Report on the Nagpur School of Medicine, Central Provinces
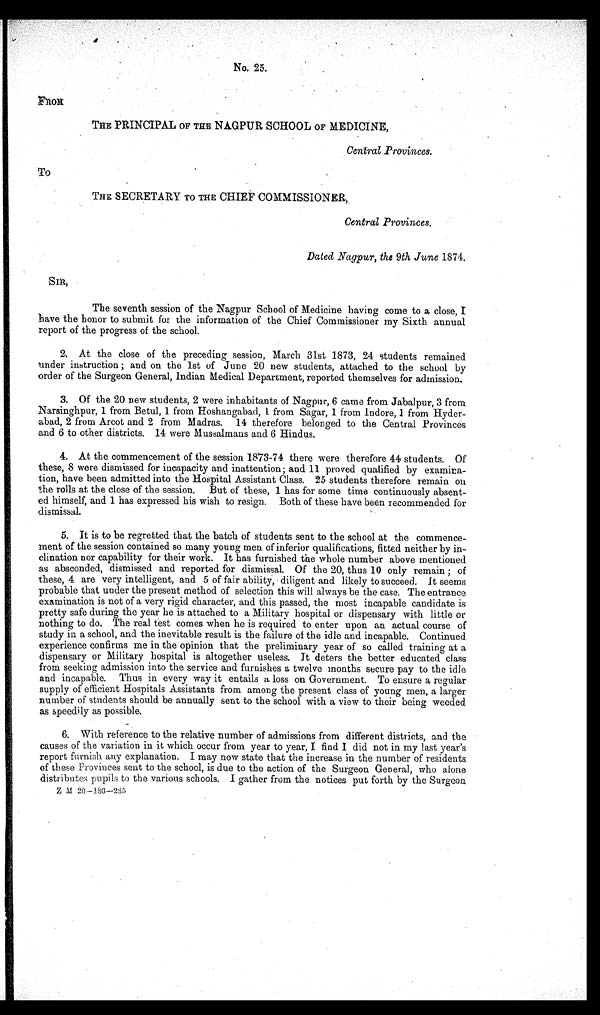
FROM
To
No. 25. 25.
THE PRINCIPAL OF THE NAGPUR SCHOOL OF MEDICINE,
Central Provinces.
THE SECRETARY TO THE CHIEF COMMISSIONER,
Central Provinces.
Dated Nagpur, the 9th June 1874.
SIR,
The seventh session of the Nagpur School of Medicine having come to a close, I
have the honor to submit for the information of the Chief Commissioner my Sixth annual
report of the progress of the school.
2. At the close of the preceding session, March 31st 1873, 24 students remained
under instruction; and on the 1st of June 20 new students, attached to the school by
order of the Surgeon General, Indian Medical Department, reported themselves for admission.
3. Of the 20 new students, 2 were inhabitants of Nagpur, 6 came from Jabalpur, 3 from
Narsinghpur, 1 from Betul, 1 from Hoshangabad, 1 from Sagar, 1 from Indore, 1 from Hyder-
abad, 2 from Arcot and 2 from Madras. 14 therefore belonged to the Central Provinces
and 6 to other districts. 14 were Mussalmans and 6 Hindus.
4. At the commencement of the session 1873-74 there were therefore 44 students. Of
these, 8 were dismissed for incapacity and inattention; and 11 proved qualified by examina-
tion, have been admitted into the Hospital Assistant Class. 25 students therefore remain on
the rolls at the close of the session. But of these, 1 has for some time continuously absent-
ed himself, and 1 has expressed his wish to resign. Both of these have been recommended for
dismissal.
5. It is to be regretted that the batch of students sent to the school at the commence-
ment of the session contained so many young men of inferior qualifications, fitted neither by in-
clination nor capability for their work. It has furnished the whole number above mentioned
as absconded, dismissed and reported for dismissal. Of the 20, thus 10 only remain; of
these, 4 are very intelligent, and 5 of fair ability, diligent and likely to succeed. It seems
probable that under the present method of selection this will always be the case. The entrance
examination is not of a very rigid character, and this passed, the most incapable candidate is
pretty safe during the year he is attached to a Military hospital or dispensary with little or
nothing to do. The real test comes when he is required to enter upon an actual course of
study in a school, and the inevitable result is the failure of the idle and incapable. Continued
experience confirms me in the opinion that the preliminary year of so called training at a
dispensary or Military hospital is altogether useless. It deters the better educated class
from seeking admission into the service and furnishes a twelve months secure pay to the idle
and incapable. Thus in every way it entails a loss on Government. To ensure a regular
supply of efficient Hospitals Assistants from among the present class of young men, a larger
number of students should be annually sent to the school with a view to their being weeded
as speedily as possible.
6. With reference to the relative number of admissions from different districts, and the
causes of the variation in it which occur from year to year, I find I did not in my last year's
report furnish any explanation. I may now state that the increase in the number of residents
of these Provinces sent to the school, is due to the action of the Surgeon General, who alone
distributes pupils to the various schools. I gather from the notices put forth by the Surgeon
Z M 20—186—286